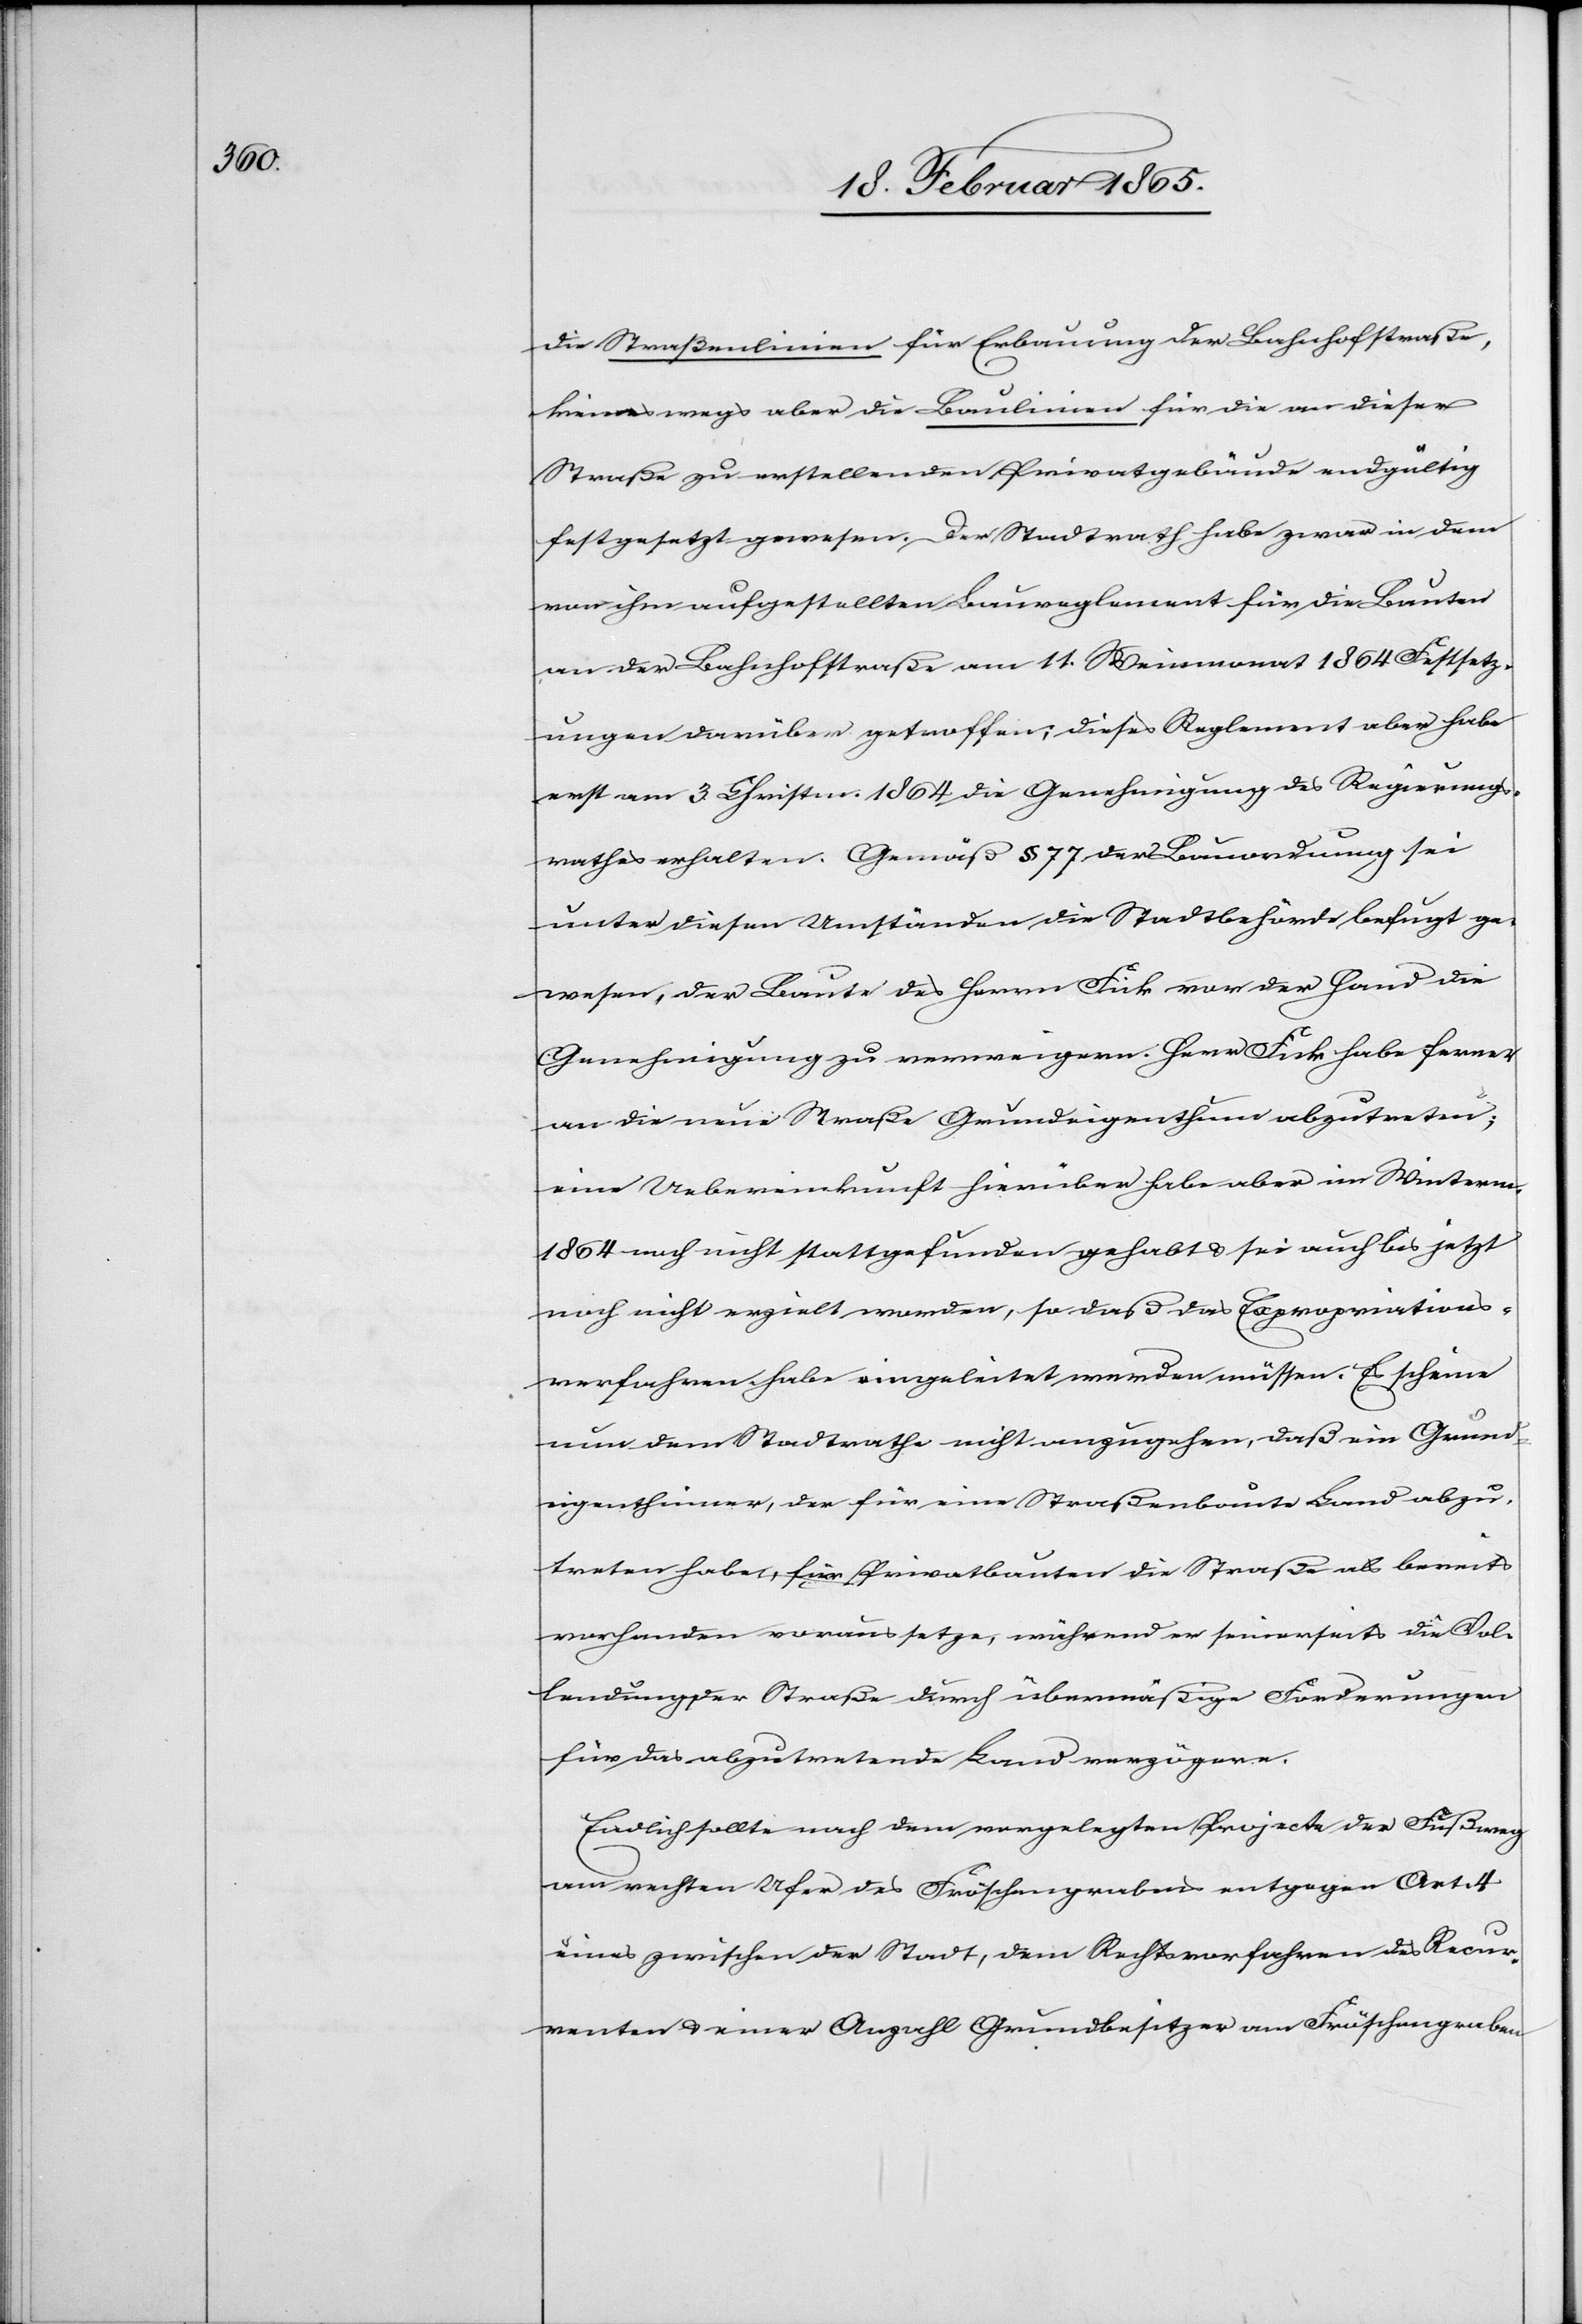
die Straßenlinien für Erbauung der Bahnhofstraße,
keineswegs aber die Baulinien für die an dieser
Straße zu erstellenden Privatgebäude endgültig
festgesetzt gewesen. Der Stadtrath habe zwar in dem
von ihm aufgestellten Baureglement für die Bauten
an der Bahnhofstraße am 11. Weinmonat 1864 Festsetz¬
ungen darüber getroffen; dieses Reglement aber habe
erst am 3. Christm. 1864 die Genehmigung des Regierungs¬
rathes erhalten. Gemäß § 77 der Bauordnung sei
unter diesen Umständen die Stadtbehörde befugt ge¬
wesen, der Baute des Herrn Fick vor der Hand die
Genehmigung zu verweigern. Herr Fick habe ferner
an die neue Straße Grundeigenthum abzutreten;
eine Uebereinkunft hierüber habe aber im Winterm.
1864 noch nicht stattgefunden gehabt u. sei auch bis jetzt
noch nicht erzielt worden, so daß das Expropriations¬
verfahren habe eingeleitet werden müssen. Es scheine
nun dem Stadtrathe nicht anzugehen, daß ein Grund¬
eigenthümer, der für eine Straßenbaute Land abzu¬
treten habe, für Privatbauten die Straße als bereits
vorhanden voraussetze, während er seinerseits die Vol¬
lendung der Straße durch übermäßige Forderungen
für das abzutretende Land verzögere.
Endlich sollte nach dem vorgelegten Projecte der Fußweg
am rechten Ufer des Fröschengrabens entgegen Art. 4
eines zwischen der Stadt, dem Rechtsvorfahren des Recur¬
renten u. einer Anzahl Grundbesitzer am Fröschengraben